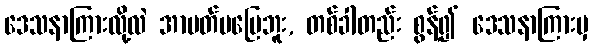
ဒေသနာကြားလို့လဲ အာပတ်မပြေဘူး, တစ်ခါတည်း စွန့်၍ ဒေသနာကြားမှ